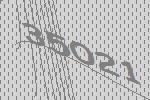
35021